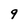
Character: 9